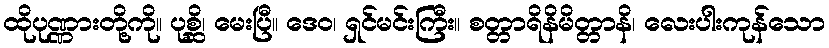
ထိုပုဏ္ဏားတို့ကို။ ပုစ္ဆိ၊ မေးပြီ။ ဒေဝ၊ ရှင်မင်းကြီး။ စတ္တာရိနိမိတ္တာနိ၊ လေးပါးကုန်သော